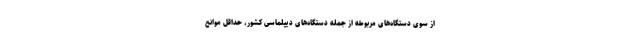
از سوی دستگاه‌های مربوطه از جمله دستگاه‌های دیپلماسی کشور، حداقل موانع